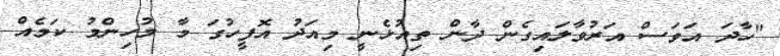
"ހާދަ އަވަސް އަރުވާލައިގެން ދާން ތިއުޅެނީ މިއަދު އޮފީހުގަ މާ މުހިންމު ކަމެއް